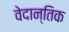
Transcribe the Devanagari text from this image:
वेदान्तिक